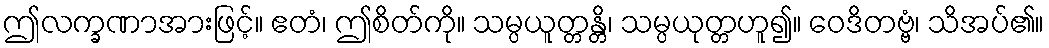
ဤလက္ခဏာအားဖြင့်။ ဧတံ၊ ဤစိတ်ကို။ သမ္ပယူတ္တန္တိ၊ သမ္ပယုတ္တဟူ၍။ ဝေဒိတဗ္ဗံ၊ သိအပ်၏။